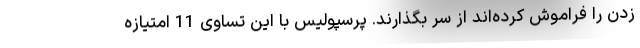
زدن را فراموش کرده‌اند از سر بگذارند. پرسپولیس با این تساوی 11 امتیازه